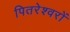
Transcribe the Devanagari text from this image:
पितरेश्वरों